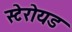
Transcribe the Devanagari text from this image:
स्टेरोयड